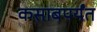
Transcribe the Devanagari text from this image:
कसाबपर्यंत